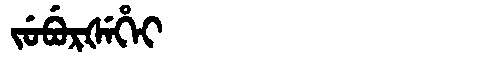
Manchu: ᠵᡠᠪᡠᡵᡧᡝᡥᡝᡳ
Romanization: JUBURŠEHEI